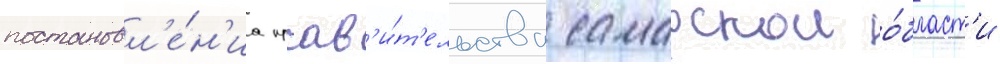
постановл'е́н'иа прав'и́т'ельства самарскои о́бласт'и